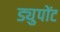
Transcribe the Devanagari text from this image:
ड्युपोंट